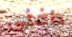
دافنى